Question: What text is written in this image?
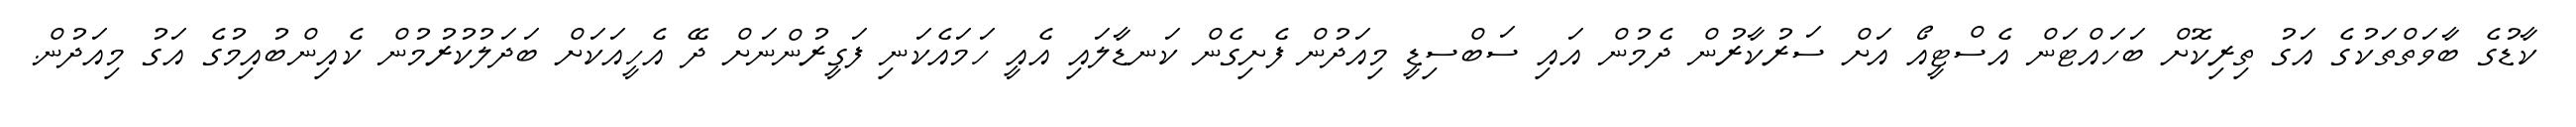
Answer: ކާޑުގެ ބާވަތްތަކުގެ އަގު ތިރިކޮށް ބަހައްޓަން އެސްޓީއޯ އަށް ސަރުކާރުން ދެމުން އައި ސަބްސިޑީ މިއަދުން ފެށިގެން ކަނޑާލައި އެއީ ހަމައެކަނި ފަގީރުންނަށް ދޭ އެހީއަކަށް ބަދަލުކުރުމުން ކެއިންބުއިމުގެ އަގު މިއަދުން.